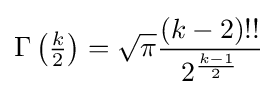
\Gamma \left({\tfrac {k}{2}}\right)={\sqrt {\pi }}{\frac {(k-2)!!}{2^{\frac {k-1}{2}}}}